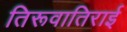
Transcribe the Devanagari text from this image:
तिरूवातिराई